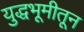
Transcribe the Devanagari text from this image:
युद्धभूमीतून